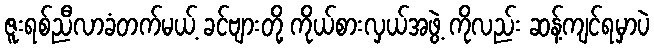
ဇူးရစ်ညီလာခံတက်မယ့် ခင်ဗျားတို့ ကိုယ်စားလှယ်အဖွဲ့ ကိုလည်း ဆန့်ကျင်ရမှာပဲ